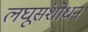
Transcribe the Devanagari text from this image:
लघूसंशोधन